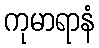
ကုမာရာနံ